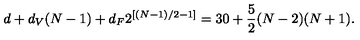
d + d _ { V } ( N - 1 ) + d _ { F } 2 ^ { [ ( N - 1 ) / 2 - 1 ] } = 3 0 + \frac { 5 } { 2 } ( N - 2 ) ( N + 1 ) .